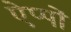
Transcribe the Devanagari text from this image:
ऐप्पों